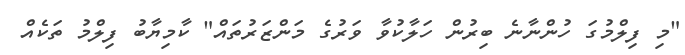
"މި ފިލްމުގަ ހުންނާނެ ބިރުން ހަލާކުވާ ވަރުގެ މަންޒަރުތައް" ކާމިޔާބު ފިލްމު ތަކެއް